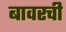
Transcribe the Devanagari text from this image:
बावरची